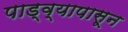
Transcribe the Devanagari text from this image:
पाड्व्यापासून